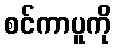
စင်ကာပူကို